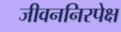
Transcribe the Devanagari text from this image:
जीवननिरपेक्ष